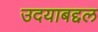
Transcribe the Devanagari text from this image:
उदयाबद्दल